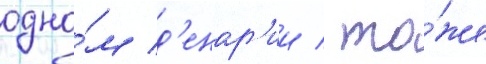
одно́м д'енар'ии / то́же